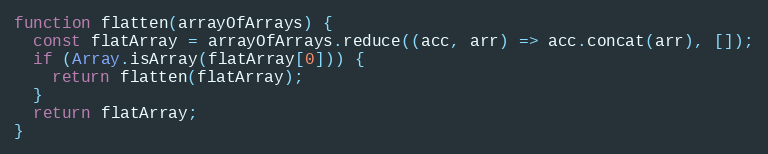
Language: JavaScript
function flatten(arrayOfArrays) {
  const flatArray = arrayOfArrays.reduce((acc, arr) => acc.concat(arr), []);
  if (Array.isArray(flatArray[0])) {
    return flatten(flatArray);
  }
  return flatArray;
}